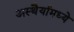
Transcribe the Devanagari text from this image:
अस्थैर्यामध्ये